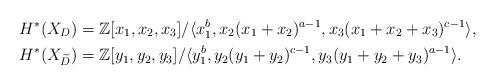
LaTeX: \begin{align*}H^*(X_{D})&=\mathbb{Z}[x_1,x_2,x_3]/\langle x_1^{b}, x_2(x_1+x_2)^{a-1}, x_3(x_1+x_2+x_3)^{c-1} \rangle,\\ H^*(X_{\widetilde{D}})&=\mathbb{Z}[y_1,y_2,y_3]/\langle y_1^{b}, y_2(y_1+y_2)^{c-1}, y_3(y_1+y_2+y_3)^{a-1} \rangle.\end{align*}